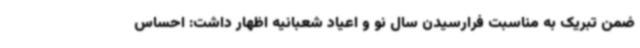
ضمن تبریک به مناسبت فرارسیدن سال نو و اعیاد شعبانیه اظهار داشت: احساس